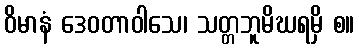
ဝိမာနံ ဒေဝတာဝါသေ၊ သတ္တဘူမိဃရမှိ စ။